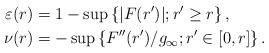
LaTeX: \begin{align*}\varepsilon(r)& = 1 - \sup \left\{ |F(r')|; r' \geq r\right\},\\\nu(r)&= -\sup \left\{F''(r')/g_\infty; r' \in [0, r] \right\}.\end{align*}